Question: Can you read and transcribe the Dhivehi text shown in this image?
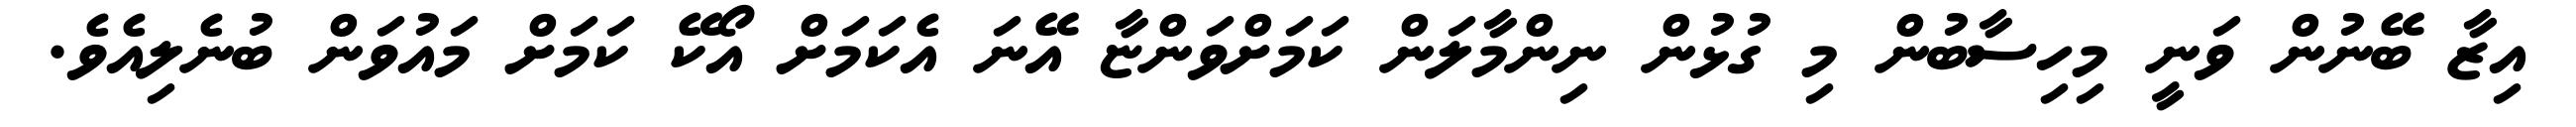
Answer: އިޒާ ބޭނުން ވަނީ މިހިސާބުން މި ގުޅުން ނިންމާލަން ކަމަށްވަންޏާ އޭނަ އެކަމަށް އޯކޭ ކަމަށް މައުވަން ބުނެލިއެވެ.